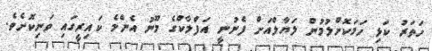
ހަތަރު ކަޅި ހަމަކޮށްލުމުން ލަޔާލްއަށް ފެނުނީ އަފްލާކްގެ މޫނު އެންމެ ކައިރީގައި ވަނިކޮށެވެ.